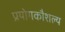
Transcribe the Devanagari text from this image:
प्रयोगकौशल्य